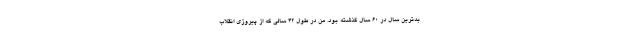
بدترین سال در ۶۰ سال گذشته بود. من در طول ۴۲ سالی که از پیروزی انقلاب